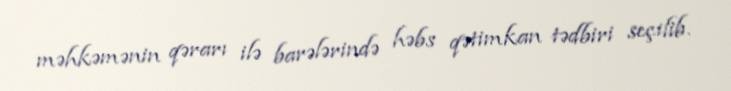
məhkəmənin qərarı ilə barələrində həbs qətimkan tədbiri seçilib.